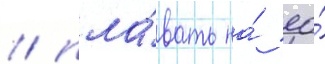
/ пла́вать на́ ео́